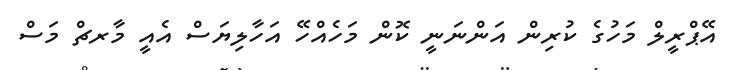
އޭޕްރީލް މަހުގެ ކުރިން އަންނަނީ ކޮން މަހެއްހޭ އަހާލިޔަސް އެއީ މާރޗް މަސް